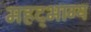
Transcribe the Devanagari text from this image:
महद्‌भाग्य